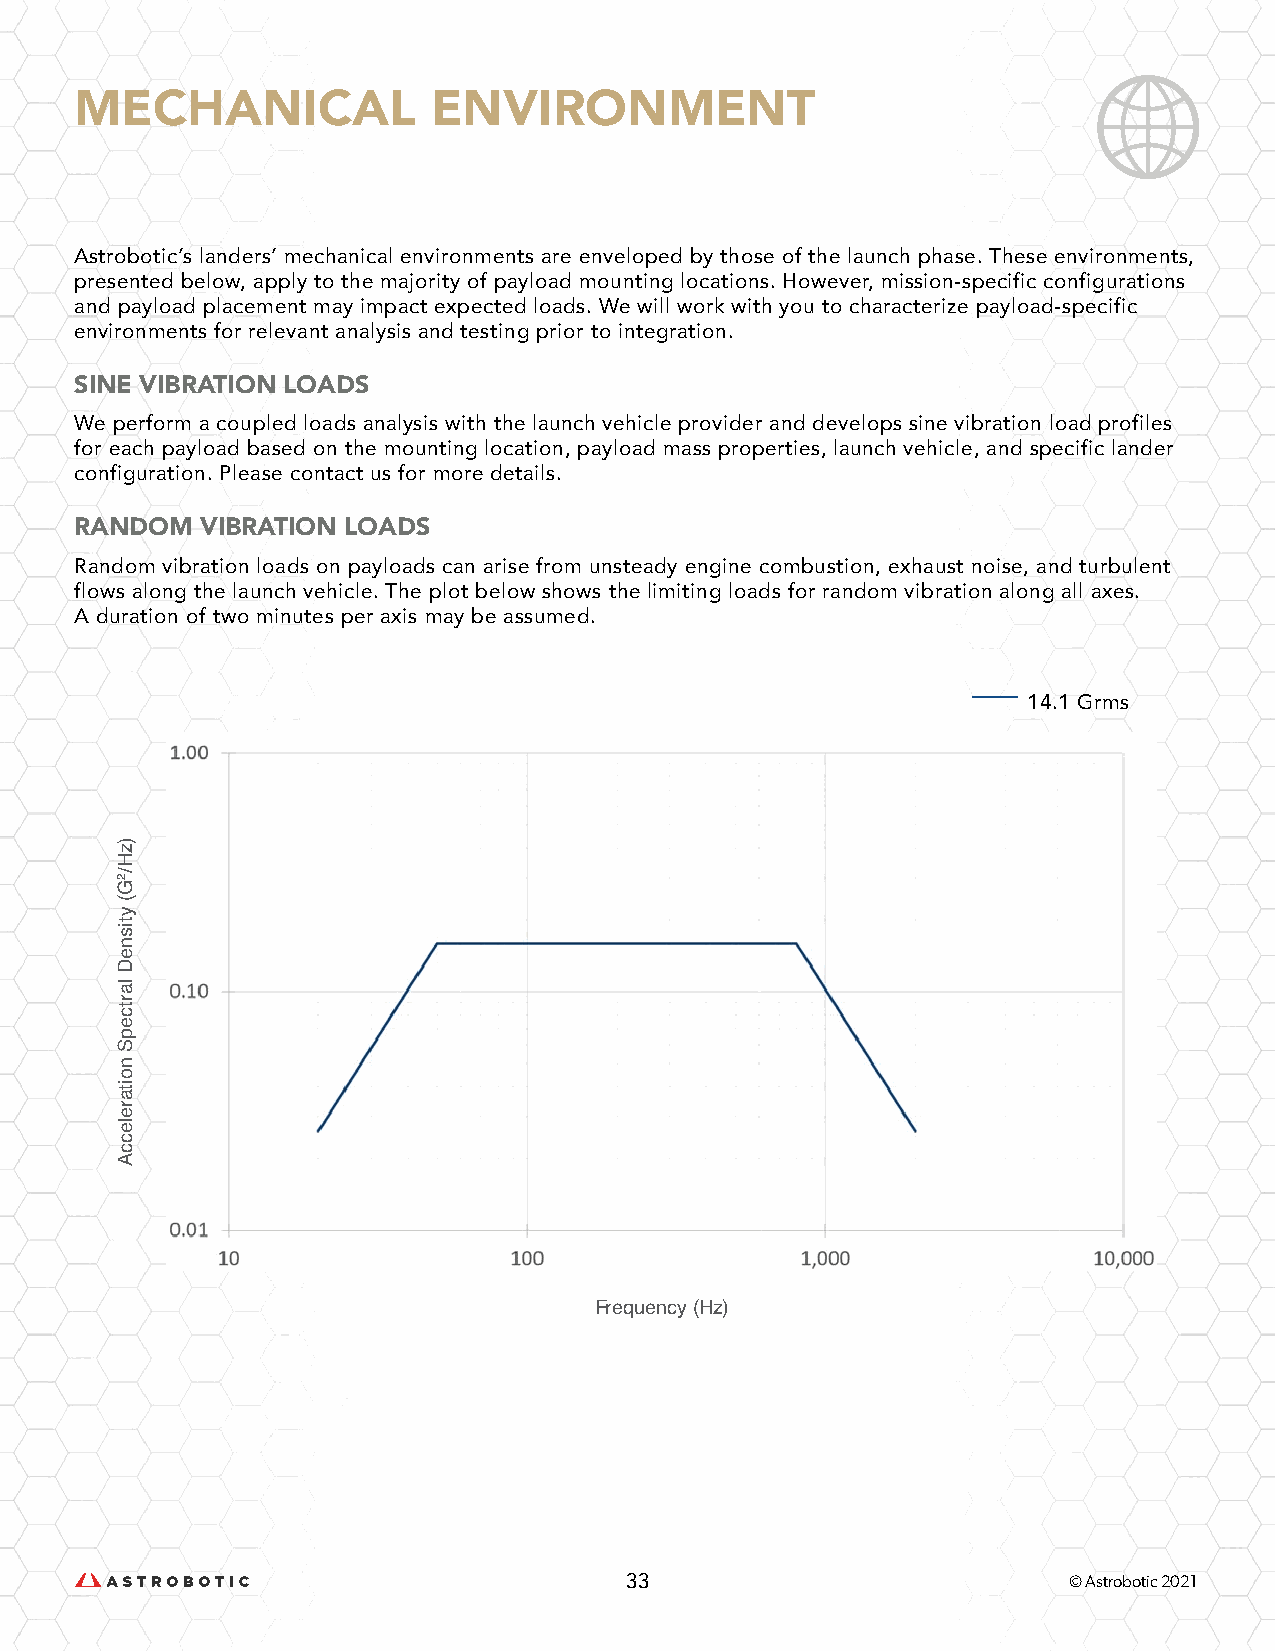
MECHANICAL              ENVIRONMENT
 Astrobotic’s landers’ mechanical environments are enveloped by those of the launch phase. These environments,
 presented below, apply to the majority of payload mounting locations. However, mission-specific configurations
 and payload placement may impact expected loads. We will work with you to characterize payload-specific
 environments for relevant analysis and testing prior to integration.
 SINE VIBRATION LOADS
 We perform a coupled loads analysis with the launch vehicle provider and develops sine vibration load profiles
 for each payload based on the mounting location, payload mass properties, launch vehicle, and specific lander
 configuration. Please contact us for more details.
 RANDOM  VIBRATION LOADS
 Random vibration loads on payloads can arise from unsteady engine combustion, exhaust noise, and turbulent
 flows along the launch vehicle. The plot below shows the limiting loads for random vibration along all axes.
 A duration of two minutes per axis may be assumed.
 14.1 Grms
 Frequency (Hz)
 33                            © Astrobotic 2021
 )zH/2G(
 ytisneD
 lartcepS
 noitareleccA